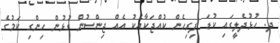
ދ. ހުޅުދެލީގައި ކުޑަ ފިރިހެން ކުއްޖަކާއެކު އެއް ޖިންސުން ގުޅުން ހިންގި ކަމުގެ